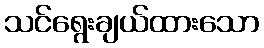
သင်ရွေးချယ်ထားသော